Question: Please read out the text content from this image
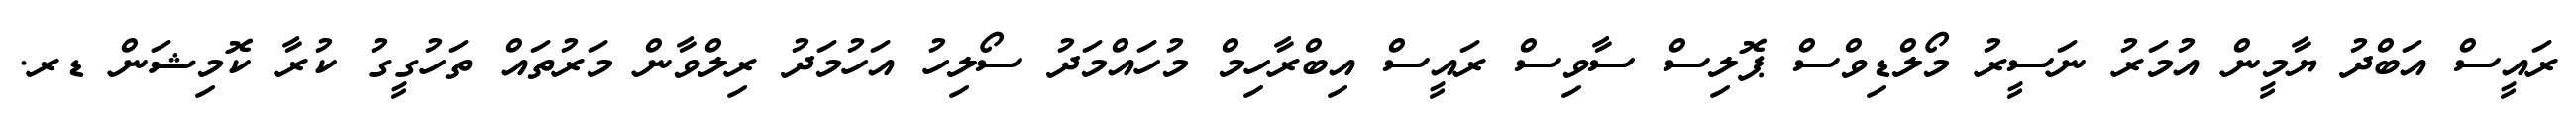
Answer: ރައީސް އަބްދު ޔާމީން އުމަރު ނަސީރު މޯލްޑިވްސް ޕޮލިސް ސާވިސް ރައީސް އިބްރާހިމް މުހައްމަދު ސޯލިހު އަހުމަދު ރިލްވާން މަރުތައް ތަހުގީގު ކުރާ ކޮމިޝަން ޑރ.